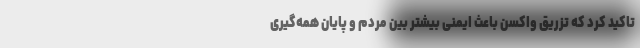
تاکید کرد که تزریق واکسن باعث ایمنی بیشتر بین مردم و پایان همه‌گیری